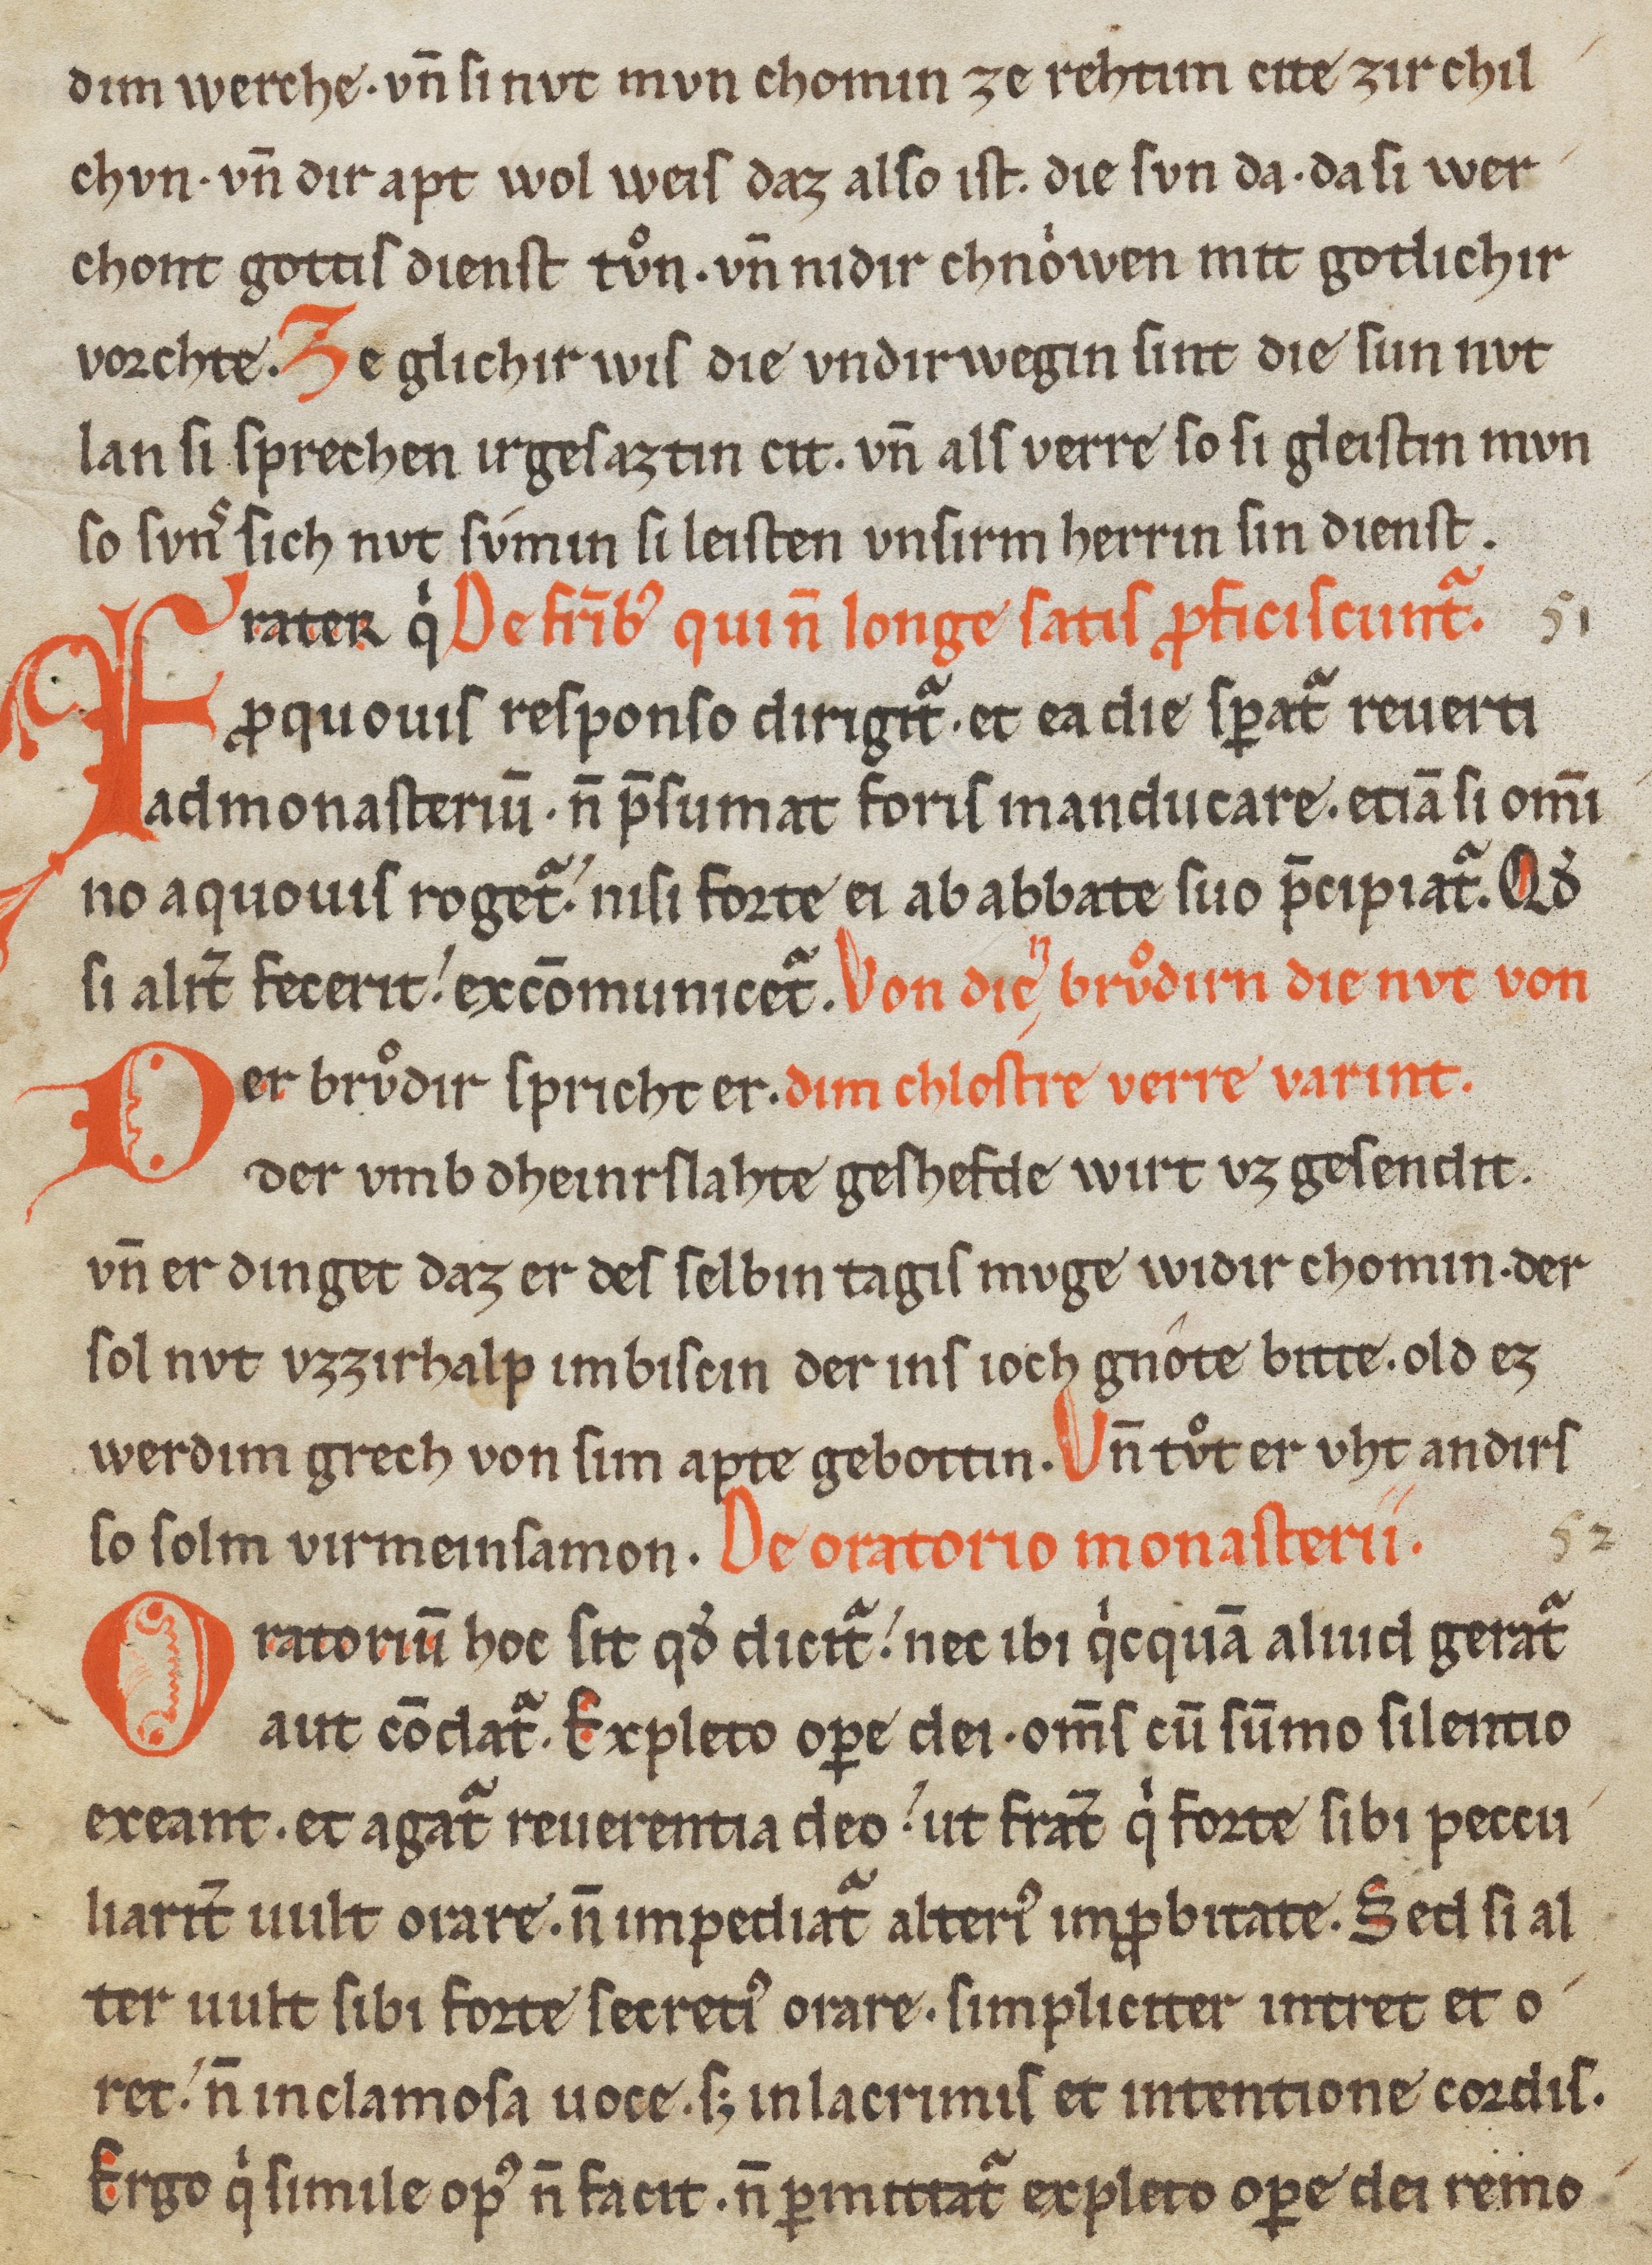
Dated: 1200–1299